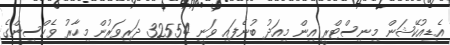
އެޑިއުކޭޝަން މިނިސްޓްރީ އިން މިއަދު ބުނެފައި ވަނީ 32554 ދަރިވަރުން މިހާރު ވެކްސިންގެ